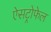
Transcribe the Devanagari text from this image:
ऐसट्रोफेल